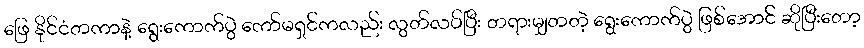
ဖြေ နိုင်ငံတကာနဲ့ ရွေးကောက်ပွဲ ကော်မရှင်ကလည်း လွတ်လပ်ပြီး တရားမျှတတဲ့ ရွေးကောက်ပွဲ ဖြစ်အောင် ဆိုပြီးတော့